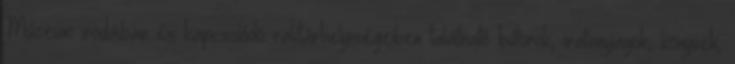
Múzeum irodáiban és kapcsolódó raktárhelyiségeiben található bútorok, iratanyagok, könyvek,